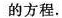
的方程.